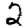
Digit: 2